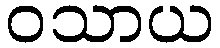
ဝသာယ